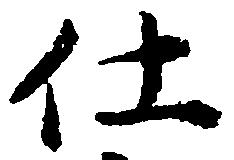
仕